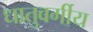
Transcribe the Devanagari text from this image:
धातुवर्गीय